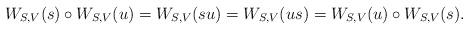
LaTeX: \begin{align*} W_{S,V}(s)\circ W_{S,V}(u)=W_{S,V}(su)=W_{S,V}(us)=W_{S,V}(u)\circ W_{S,V}(s). \end{align*}